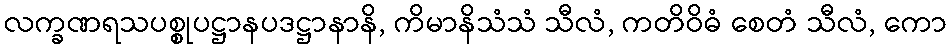
လက္ခဏရသပစ္စုပဋ္ဌာနပဒဋ္ဌာနာနိ, ကိမာနိသံသံ သီလံ, ကတိဝိဓံ စေတံ သီလံ, ကော